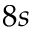
8 s